Civil Veterinary Department Bengal reports 1923-33 - 1923-1933
Year: 1923
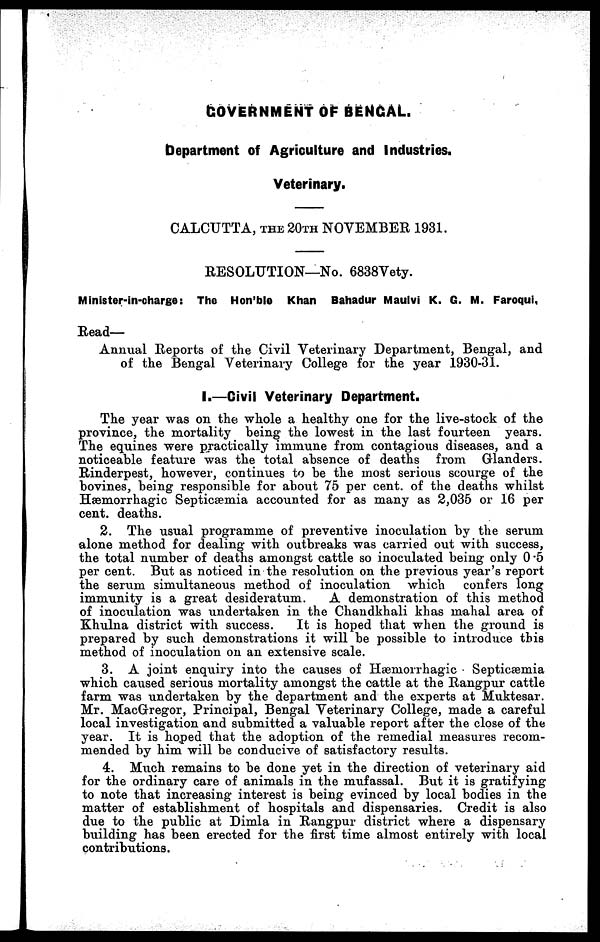
GOVERNMENT OF BENGAL.
Department of Agriculture and Industries.
Veterinary.
CALCUTTA, THE 20th NOVEMBER 1931.
RESOLUTION—No. 6838Vety.
Minister-in-charge: The Hon'ble Khan Bahadur Maulvi K. G. M. Faroqui,
Read—
Annual Reports of the Civil Veterinary Department, Bengal, and
of the Bengal Veterinary College for the year 1930-31.
I.—Civil Veterinary Department.
The year was on the whole a healthy one for the live-stock of the
province, the mortality being the lowest in the last fourteen years.
The equines were practically immune from contagious diseases, and a
noticeable feature was the total absence of deaths from Glanders.
Rinderpest, however, continues to be the most serious scourge of the
bovines, being responsible for about 75 per cent. of the deaths whilst
Hæmorrhagic Septicæmia accounted for as many as 2,035 or 16 per
cent. deaths.
2. The usual programme of preventive inoculation by the serum
alone method for dealing with outbreaks was carried out with success,
the total number of deaths amongst cattle so inoculated being only 0.5
per cent. But as noticed in the resolution on the previous year's report
the serum simultaneous method of inoculation which
confers long
immunity is a great desideratum.
A demonstration of this method
of inoculation was undertaken in the Chandkhali khas mahal area of
Khulna district with success.
It is hoped that when the ground is
prepared by such demonstrations it will be possible to introduce this
method of inoculation on an extensive scale.
3. A joint enquiry into the causes of Hæmorrhagic Septicæmia
which caused serious mortality amongst the cattle at the Rangpur cattle
farm was undertaken by the department and the experts at Muktesar.
Mr. MacGregor, Principal, Bengal Veterinary College, made a careful
local investigation and submitted a valuable report after the close of the
year. It is hoped that the adoption of the remedial measures recom-
mended by him will be conducive of satisfactory results.
4. Much remains to be done yet in the direction of veterinary aid
for the ordinary care of animals in the mufassal. But it is gratifying
to note that increasing interest is being evinced by local bodies in the
matter of establishment of hospitals and dispensaries. Credit is also
due to the public at Dimla in Rangpur district where a dispensary
building has been erected for the first time almost entirely with local
contributions.